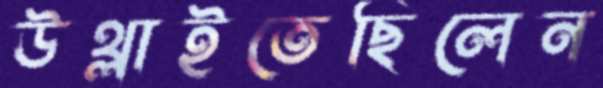
উথ্‌লাইতেছিলেন